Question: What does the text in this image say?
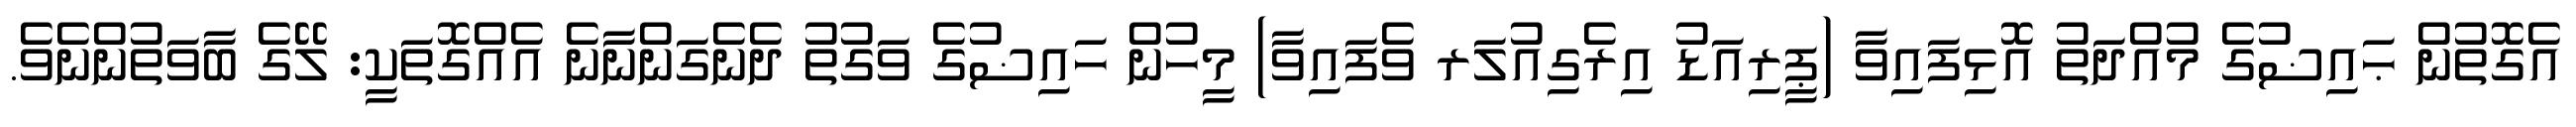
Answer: އެގޮތުން ޙައިޟުގެ މުއްދަތު އޮޅިފައިވާ (ޕީރިއަޑު އިރެގިއުލަރ ވެފައިވާ) މީހުން ހައިޟުގެ ވަގުތު ދެނެގަންނާނެ އެއްގޮތަކީ: ލޭގެ ބާވަތުންނެވެ.